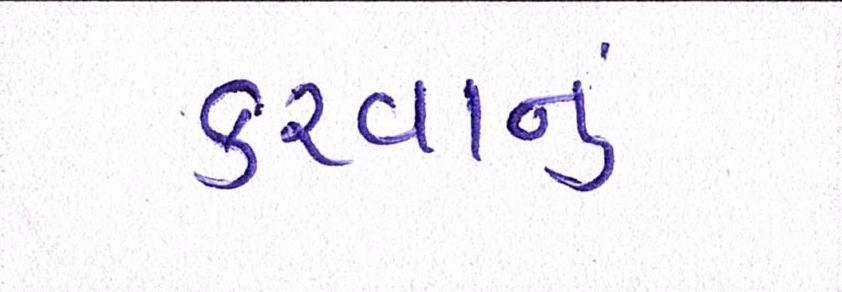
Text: કરવાનું